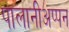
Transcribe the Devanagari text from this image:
पालानीअप्पन